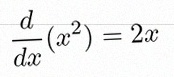
\frac{d}{dx}(x^2)=2x